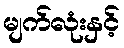
မျက်လုံးနှင့်